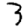
Digit: 3